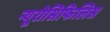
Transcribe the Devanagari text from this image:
न्यूरोसिफिलिस